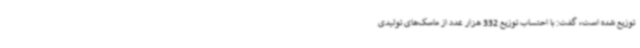
توزیع شده است، گفت: با احتساب توزیع 332 هزار عدد از ماسک‌های تولیدی